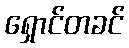
ရှောင်တခင်